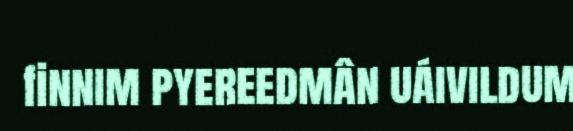
finnim pyereedmân uáivildum